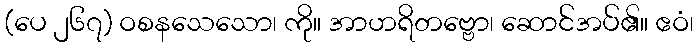
(ပေ ၂၆၇) ဝစနသေသော၊ ကို။ အာဟရိတဗ္ဗော၊ ဆောင်အပ်၏။ ဧဝံ၊